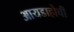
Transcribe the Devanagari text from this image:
आयडाहोची